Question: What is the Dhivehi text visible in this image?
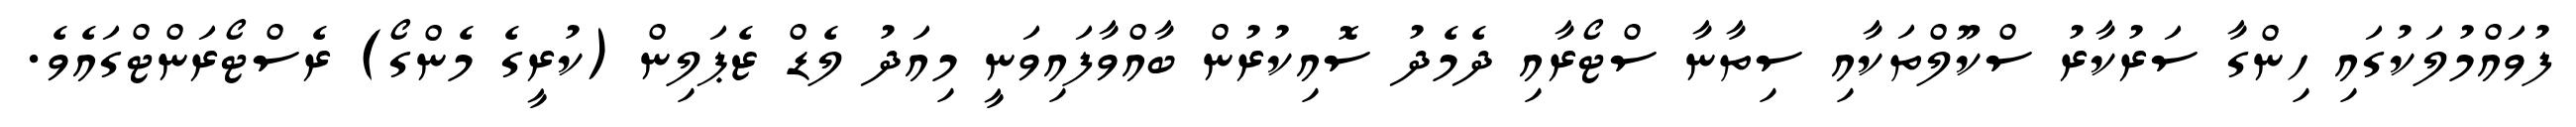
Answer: ފުވައްމުލަކުގައި ހިންގާ ސަރުކާރު ސްކޫލްތަކާއި ސިތާނާ ސްޓޯރާއި ދެމެދު ސޮއިކުރުން ބާއްވާފައިވަނީ މިއަދު ލެޑް ޒެޕަލިން (ކުރީގެ މެންގޯ) ރެސްޓޯރަންޓްގައެވެ.